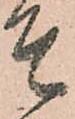
そ